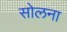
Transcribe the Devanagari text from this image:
सोलना